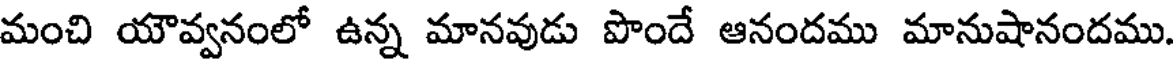
మంచి యౌవ్వనంలో ఉన్న మానవుడు పొందే ఆనందము మానుషానందము.